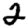
Digit: 2